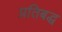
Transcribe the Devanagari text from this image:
प्रतिबद्ध